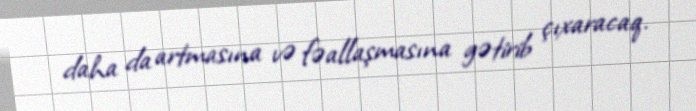
daha da artmasına və fəallaşmasına gətirib çıxaracaq.